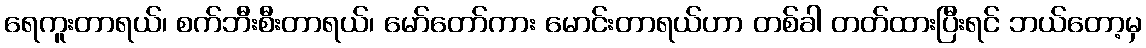
ရေကူးတာရယ်၊ စက်ဘီးစီးတာရယ်၊ မော်တော်ကား မောင်းတာရယ်ဟာ တစ်ခါ တတ်ထားပြီးရင် ဘယ်တော့မှ